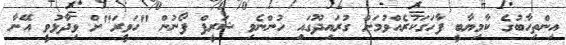
އިންތިހާބުގެ ކާމިޔާބީ ފާހަގަކުރެއްވުމަށް ގުރައިދޫގައި ހުންނެވި ޝަރީފް ފޯނުން "ހަވީރަ"ށް ވިދާޅުވީ އޭނާ